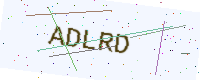
Text: ADLRD